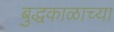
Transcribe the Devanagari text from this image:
बुद्धकाळाच्या